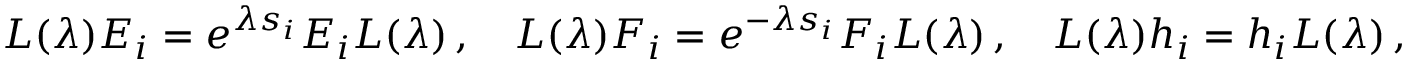
L ( \lambda ) E _ { i } = e ^ { \lambda s _ { i } } E _ { i } L ( \lambda ) \, , ~ ~ ~ L ( \lambda ) F _ { i } = e ^ { - \lambda s _ { i } } F _ { i } L ( \lambda ) \, , ~ ~ ~ L ( \lambda ) h _ { i } = h _ { i } L ( \lambda ) \, ,